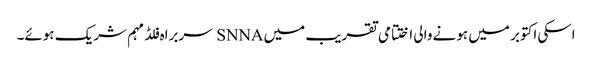
اسکی اکتوبر میں ہونے والی اختتامی تقریب میں SNNA سربراہ فلڈ مہم شریک ہوئے۔